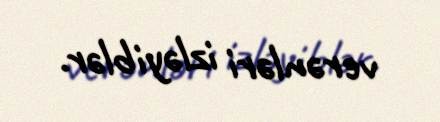
verənləri izləyiblər.